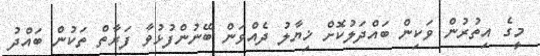
މީގެ އިތުރުން ވަކިން ބައްދަލުކޮށް ޚިޔާލު ދެއްވަން ބޭނުންފުޅުވާ ފަރާތް ތަކުން ބައްދު